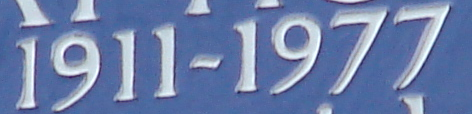
1911-1977